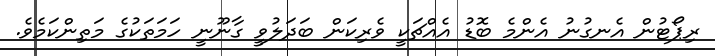
ރިޕޯޓުން އެނގުނު އެންމެ ބޮޑު އެއްޗަކީ ވެރިކަން ބަދަލުވީ ގާނޫނީ ހަމަތަކުގެ މަތިންކަމެވެ.